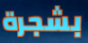
بشجرة